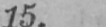
15.